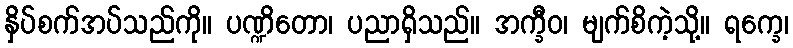
နှိပ်စက်အပ်သည်ကို။ ပဏ္ဍိတော၊ ပညာရှိသည်။ အက္ခီဝ၊ မျက်စိကဲ့သို့။ ရက္ခေ၊